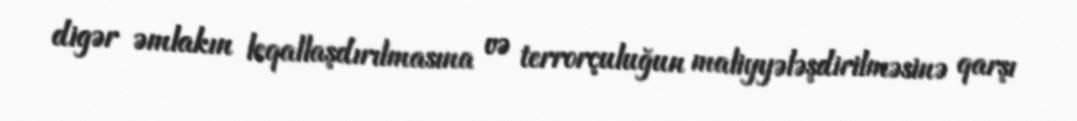
digər əmlakın leqallaşdırılmasına və terrorçuluğun maliyyələşdirilməsinə qarşı